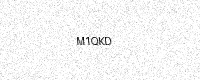
Text: M1QKD